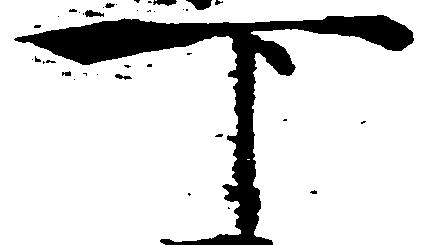
下